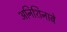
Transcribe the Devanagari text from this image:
अनिशिनाबे